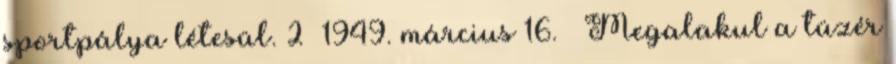
sportpálya létesül. 2 1949. március 16. – Megalakul a tüzér